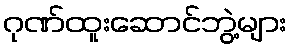
ဂုဏ်ထူးဆောင်ဘွဲ့များ